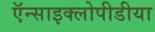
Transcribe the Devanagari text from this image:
ऍन्साइक्लोपीडीया